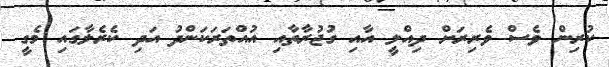
ކުރިން ވެސް ވެރިރަށް ދިއްލީ އާއި ގުޖުރާތާއި އުއްތަރަކަންދު އަދި ކެރެލާގައި މެގީ